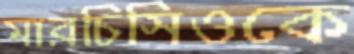
মারচিসিওকে